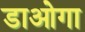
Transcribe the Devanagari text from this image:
डाओगा